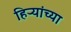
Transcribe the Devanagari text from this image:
हिऱ्यांच्या